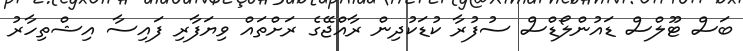
ބަސް ޓޫލްސް ޑައުންލޯޑްސް ސުފުރާ ކުޑަކުދިން ރާއްޖޭގެ ރަށްތައް ވިޔަފާރި ފައިސާ އިޝްތިހާރު